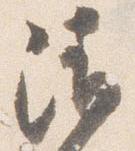
請